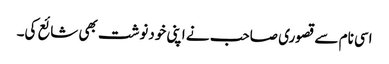
اسی نام سے قصوری صاحب نے اپنی خودنوشت بھی شائع کی۔